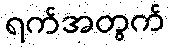
ရက်အတွက်